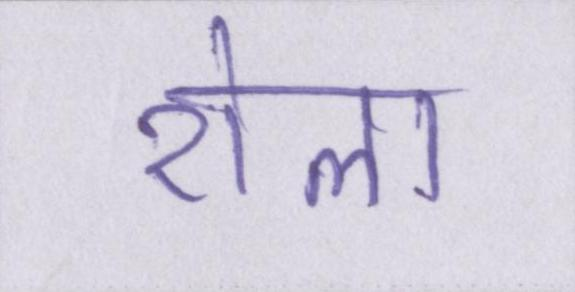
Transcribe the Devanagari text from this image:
रोला